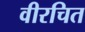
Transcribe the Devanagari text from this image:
वीरचित